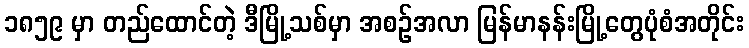
၁၈၅၉ မှာ တည်ထောင်တဲ့ ဒီမြို့သစ်မှာ အစဉ်အလာ မြန်မာနန်းမြို့တွေပုံစံအတိုင်း